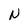
Character: N